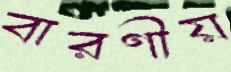
বারণীয়